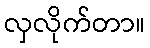
လှလိုက်တာ။